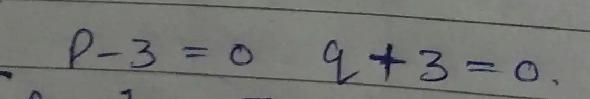
$p - 3 = 0\quad q + 3 = 0.$